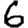
Digit: 6